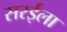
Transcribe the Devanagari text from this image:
सरईला